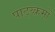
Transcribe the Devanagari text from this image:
पाठ्य्क्रमों